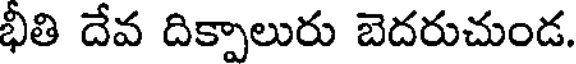
భీతి దేవ దిక్పాలురు బెదరుచుండ.